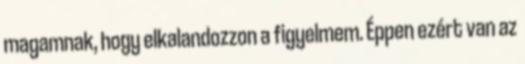
magamnak, hogy elkalandozzon a figyelmem. Éppen ezért van az